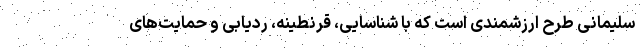
سلیمانی طرح ارزشمندی است که با شناسایی، قرنطینه، ردیابی و حمایت‌های